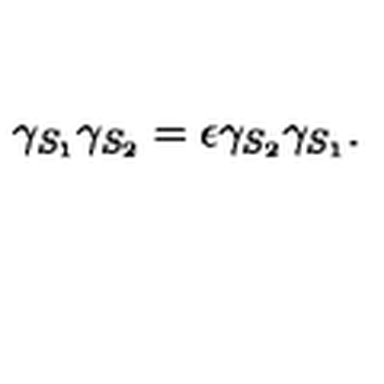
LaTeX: \gamma _ { S _ { 1 } } \gamma _ { S _ { 2 } } = \epsilon \gamma _ { S _ { 2 } } \gamma _ { S _ { 1 } } .